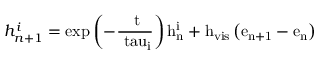
h _ { n + 1 } ^ { i } = \mathrm { { e x p } \left( - \frac { \Delta t } { \ t a u _ { i } } \right) h _ { n } ^ { i } + h _ { v i s } \left( e _ { n + 1 } - e _ { n } \right) }